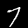
Label: 7